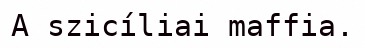
A szicíliai maffia.